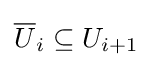
{\overline {U}}_{i}\subseteq U_{i+1}